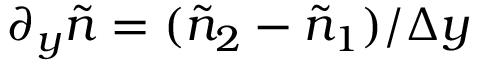
\partial _ { y } \tilde { n } = ( \tilde { n } _ { 2 } - \tilde { n } _ { 1 } ) / \Delta y